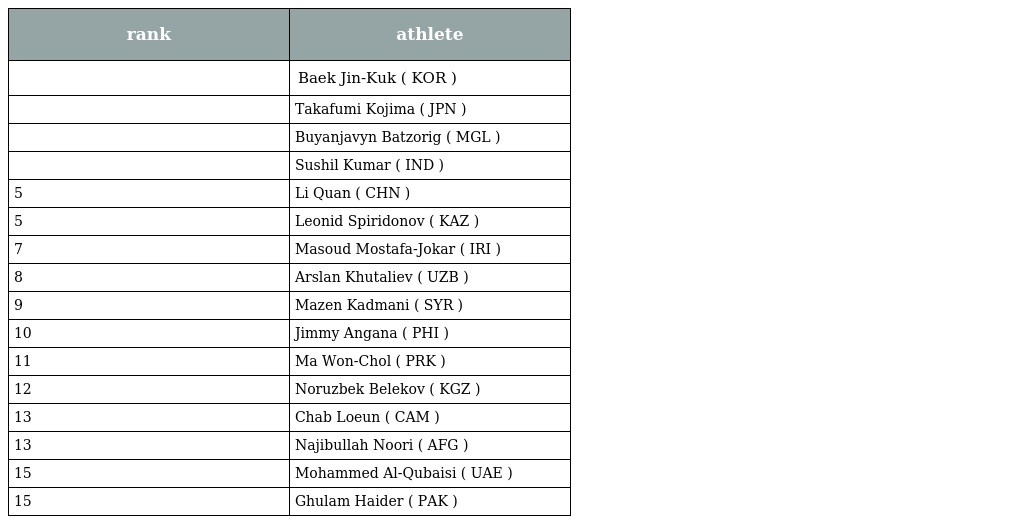
| rank | athlete |
 | --- | --- |
 |  | Baek Jin-Kuk ( KOR ) |
 |  | Takafumi Kojima ( JPN ) |
 |  | Buyanjavyn Batzorig ( MGL ) |
 |  | Sushil Kumar ( IND ) |
 | 5 | Li Quan ( CHN ) |
 | 5 | Leonid Spiridonov ( KAZ ) |
 | 7 | Masoud Mostafa-Jokar ( IRI ) |
 | 8 | Arslan Khutaliev ( UZB ) |
 | 9 | Mazen Kadmani ( SYR ) |
 | 10 | Jimmy Angana ( PHI ) |
 | 11 | Ma Won-Chol ( PRK ) |
 | 12 | Noruzbek Belekov ( KGZ ) |
 | 13 | Chab Loeun ( CAM ) |
 | 13 | Najibullah Noori ( AFG ) |
 | 15 | Mohammed Al-Qubaisi ( UAE ) |
 | 15 | Ghulam Haider ( PAK ) |